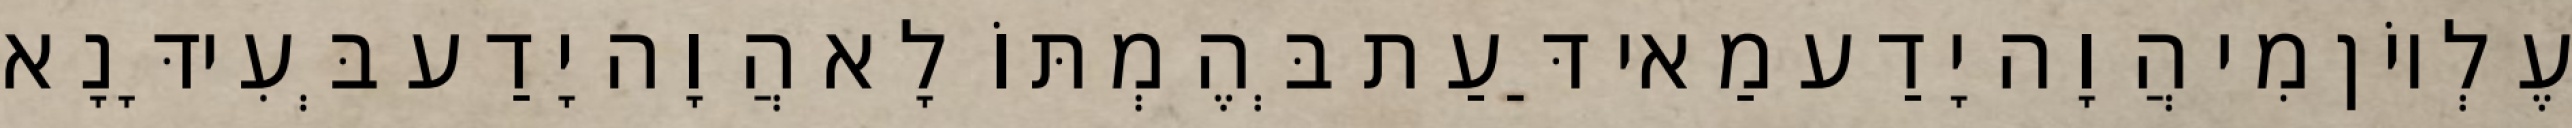
עֶלְיוֹן מִי הֲוָה יָדַע מַאי דַּעַת בְּהֶמְתּוֹ לָא הֲוָה יָדַע בְּעִידָּנָא